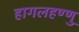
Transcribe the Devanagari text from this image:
हागलहण्णु